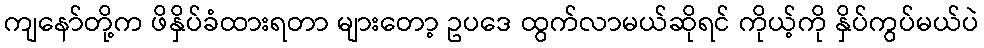
ကျနော်တို့က ဖိနှိပ်ခံထားရတာ များတော့ ဥပဒေ ထွက်လာမယ်ဆိုရင် ကိုယ့်ကို နှိပ်ကွပ်မယ်ပဲ